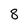
Character: 8